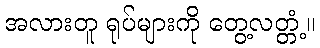
အလားတူ ရုပ်များကို တွေ့လတ္တံ့။